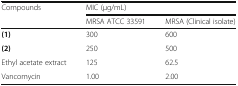
| <ROWSPAN=2> Compounds | <COLSPAN=2> MIC (μg/mL) |
 | MRSA ATCC 33591 | MRSA (Clinical isolate) |
 | --- | --- | --- |
 | (1) | 300 | 600 |
 | (2) | 250 | 500 |
 | Ethyl acetate extract | 125 | 62.5 |
 | Vancomycin | 1.00 | 2.00 |